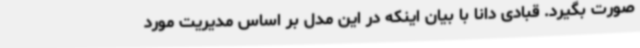
صورت بگیرد. قبادی دانا با بیان اینکه در این مدل بر اساس مدیریت مورد